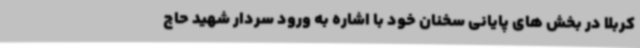
کربلا در بخش های پایانی سخنان خود با اشاره به ورود سردار شهید حاج